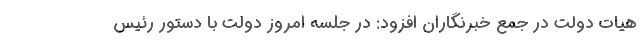
هیات دولت در جمع خبرنگاران افزود: در جلسه امروز دولت با دستور رئیس